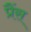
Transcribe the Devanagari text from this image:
प्रैंस